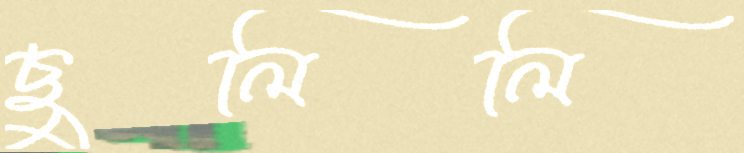
ছুলিলি